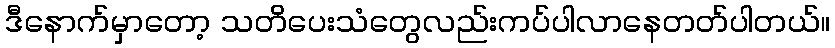
ဒီနောက်မှာတော့ သတိပေးသံတွေလည်းကပ်ပါလာနေတတ်ပါတယ်။